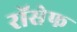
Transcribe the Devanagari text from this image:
रॉसेफ